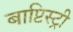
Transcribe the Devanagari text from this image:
बाप्टिस्ट्री